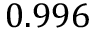
0 . 9 9 6